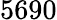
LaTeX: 5690